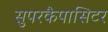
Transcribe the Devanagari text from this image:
सुपरकैपासिटर